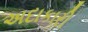
અદાકારી